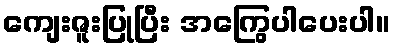
ကျေးဇူးပြုပြီး အကြွေပါပေးပါ။